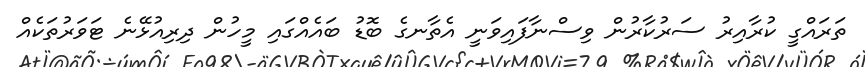
ތަރައްގީ ކުރާއިރު ސަރުކާރުން ވިސްނާފައިވަނީ އެތާނގެ ބޮޑު ބައެއްގައި މީހުން ދިރިއުޅޭނެ ޓަވަރުތަކެއް